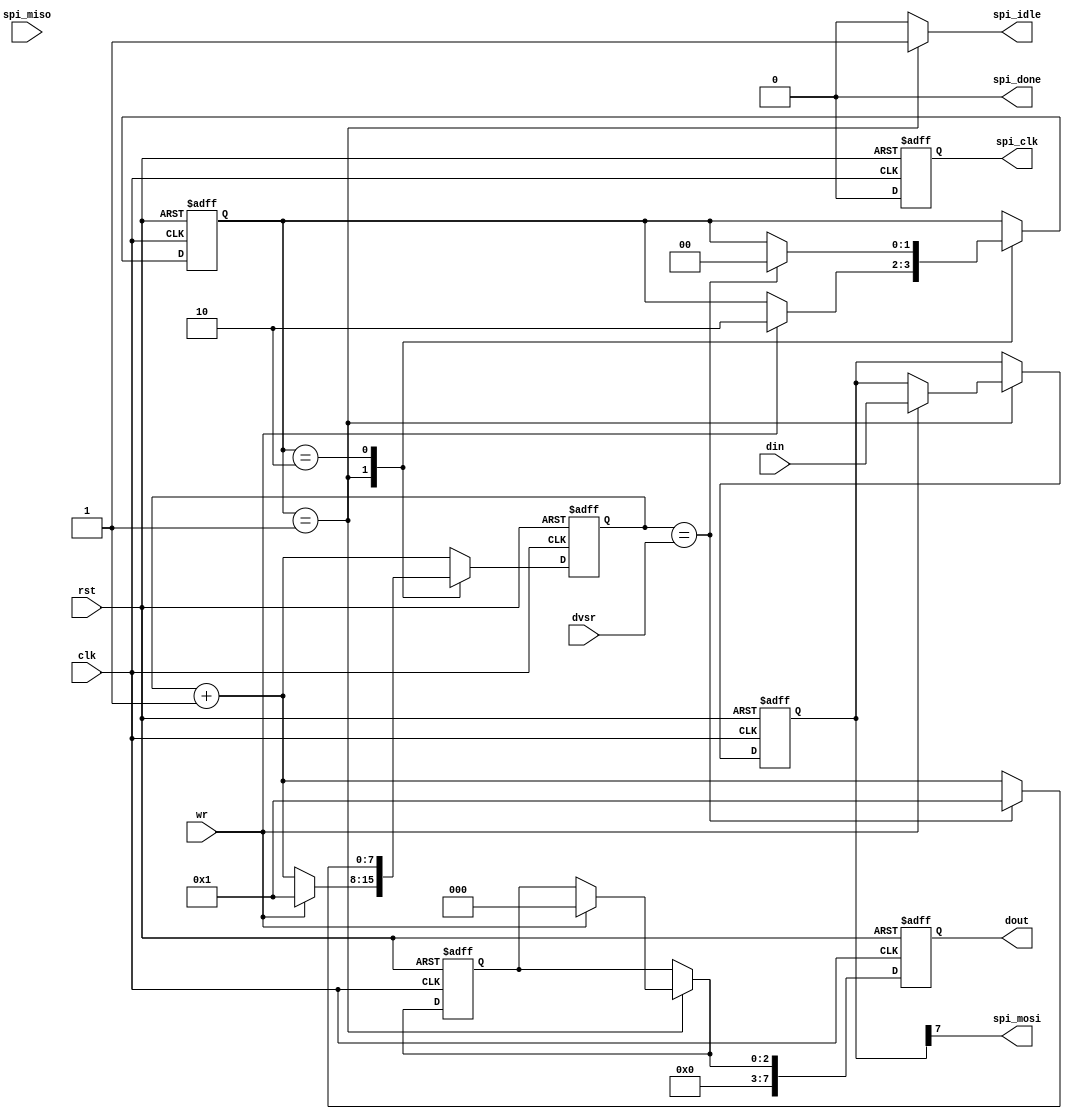
module spi (
	input 		 clk,    // Clock
	input 		 rst,    // Asynchronous reset active high
	input  [7:0] din,dvsr,
	input 		 wr,
	output [7:0] dout,
	output       spi_clk,spi_mosi,
	input        spi_miso,
	output       spi_done, spi_idle
);

	// One-Hot Encoding 
	localparam [2:0] IDLE  = 3'b001,
					 SCLK0 = 3'b010,
					 SCLK1 = 3'b100;


	// Signal Declaration
	reg [1:0] state_reg, state_next;
	reg [7:0] c_reg, c_next;	
	reg       spi_clk_reg,spi_idle_i,spi_done;
	reg [2:0] bit_reg,bit_next;
	reg [7:0] sin_reg,sin_next,sout_reg,sout_next;
	wire spi_clk_next;


// Sequential Block
	always @(posedge clk or posedge rst) 
		if(rst) 
		  begin
		    state_reg 	<= IDLE;
		    c_reg     	<= 0;
		    bit_reg   	<= 0;
		    sin_reg   	<= 0;
		    sout_reg  	<= 0;
		    spi_clk_reg <= 0;
		  end 
		else 
		  begin
	        state_reg 	<= state_next;
		    c_reg     	<= c_next;
		    bit_reg   	<= bit_next;
		    sin_reg   	<= bit_next;
		    sout_reg  	<= sout_next;
		    spi_clk_reg <= spi_clk_next;
		  end

	always @(*) 
	  begin
	    state_next = state_reg;
	    c_next     = c_reg + 1;	// Timer runs continuously
	    bit_next   = bit_reg;
	    sin_next   = sin_reg;
	    sout_next  = sout_reg;
	    spi_idle_i = 1'b0;
	    spi_done   = 1'b0;

	    case (state_reg)
	    	IDLE :  begin
	    		     spi_idle_i = 1'b1;

	    		     if(wr)
	    		       begin
	    		         sout_next  = din;
	    		         state_next = SCLK0;
	    		         bit_next   = 0;
	    		         c_next     = 8'b1;
	    		       end
	    		    end
	    	SCLK0 : begin
	    			  if(c_reg == dvsr)  // spi_clk 0-to-1
	    			    begin
	    			      state_next = SCLK1;
	    			      sin_next   = {sin_reg[6:0],spi_miso};
	    			      c_next     = 8'b1;
	    			    end
	    		    end
	    	SCLK1 : begin
	    			  if (c_reg == dvsr) // spi_clk 1-to-0
	    			    begin
	    			  	  if(bit_reg == 3'b111)
	    			  	    begin
   							  spi_done   = 1'b1;
   							  state_next = IDLE;
	    			  	    end
	    			  	  else
	    			  	    begin 
	    			  	  	  sout_next  = {sout_reg[6:0],1'b0};
	    			  	  	  state_next = SCLK0;
	    			  	  	  bit_next   = bit_reg + 1;
	    			  	  	  c_next     = 8'b1;
	    			  	  	end
	    			    end
	    		    end
	    endcase
	  end

	assign spi_clk_next = (state_next == SCLK1);

	assign dout = sin_reg;
	assign spi_mosi = sout_reg[7];
	assign spi_clk  = spi_clk_reg;
	assign spi_idle = spi_idle_i;

endmodule